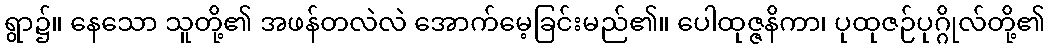
ရွာ၌။ နေသော သူတို့၏ အဖန်တလဲလဲ အောက်မေ့ခြင်းမည်၏။ ပေါထုဇ္ဇနိကာ၊ ပုထုဇဉ်ပုဂ္ဂိုလ်တို့၏